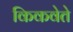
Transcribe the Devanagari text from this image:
किकवेते